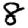
Digit: 8